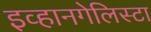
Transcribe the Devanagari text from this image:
इव्हानगेलिस्टा